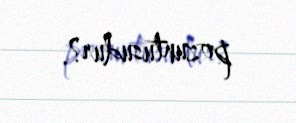
pozuntusudur?.